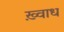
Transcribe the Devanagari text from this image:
ख़्वाध